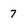
Character: 7